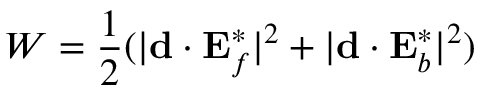
W = \frac 1 2 ( | \mathbf { d } \cdot \mathbf { E } _ { f } ^ { * } | ^ { 2 } + | \mathbf { d } \cdot \mathbf { E } _ { b } ^ { * } | ^ { 2 } )